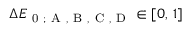
\Delta E _ { \mathrm { ~ 0 ~ ; ~ A ~ , ~ B ~ , ~ C ~ , ~ D ~ } } \in [ 0 , \, 1 ]